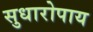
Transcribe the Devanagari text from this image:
सुधारोपाय